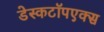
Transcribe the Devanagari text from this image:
डेस्कटॉपएक्स